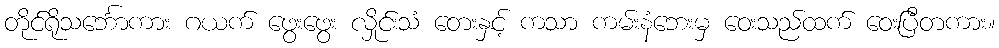
တိုင်ရိုသင်္ဘောကား ဂယက် ဖွေးဖွေး လှိုင်းသံ တေးနှင့် ကသာ ကမ်းနံဘေးမှ ဝေးသည်ထက် ဝေးပြီတကား။